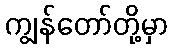
ကျွန်တော်တို့မှာ